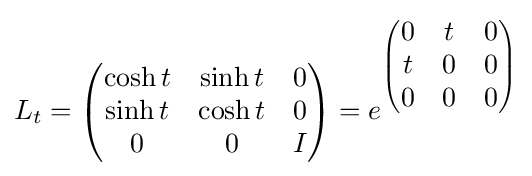
L_{t}={\begin{pmatrix}\cosh t&\sinh t&0\\\sinh t&\cosh t&0\\0&0&I\\\end{pmatrix}}=e^{\begin{pmatrix}0&t&0\\t&0&0\\0&0&0\\\end{pmatrix}}